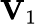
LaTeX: \mathbf{V}_{1}